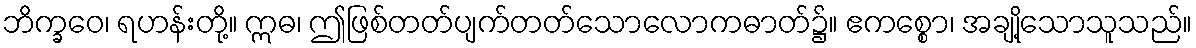
ဘိက္ခဝေ၊ ရဟန်းတို့။ ဣဓ၊ ဤဖြစ်တတ်ပျက်တတ်သောလောကဓာတ်၌။ ဧကစ္စော၊ အချို့သောသူသည်။